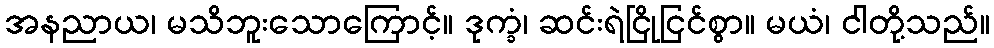
အနညာယ၊ မသိဘူးသောကြောင့်။ ဒုက္ခံ၊ ဆင်းရဲငြိုငြင်စွာ။ မယံ၊ ငါတို့သည်။